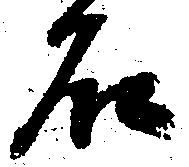
石